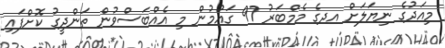
މިއަދުގެ ނިޔަލަށް އދގެ މެމްބަރު 97 ގައުމުން މި އެއްބަސްވުން ތަންދީގު ކޮށްފައި